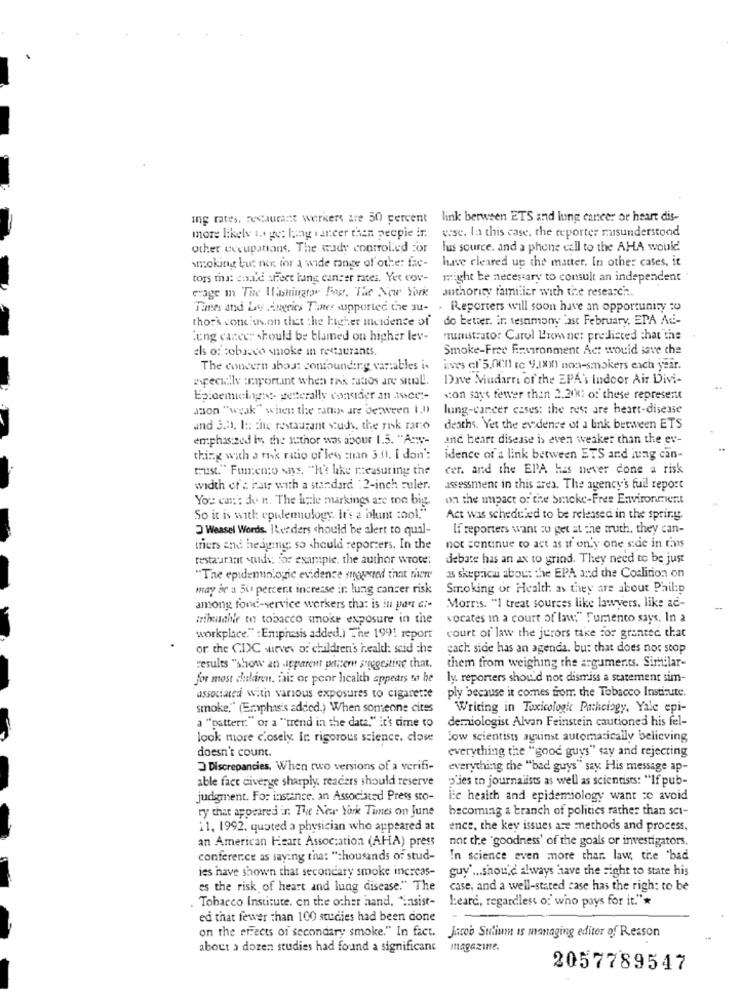
Ing rates, restaurant werkers are 50 percent
link between ETS and lung cancer or heart dis-
wase. la this case, the reporter misunderstood
more likely to get lung cancer then people ir
other occupations. The wady controlled For
huis source, and a phone call to the AHA would.
have cleared up the matter. In other cases, it
smoking but not for a wide range of otte: fac-
tors mat eux'de aFect lung cancer rates. Yer cov-
might be necessary to consult an independent
erage in The Washington Fog. The New York
authority familiar with the research.
Times and Lys Augries Thaner supported the au- . Reporters will soon have an opportunity to
thor's conclusion that the bucher incidence of
do better. in tesamony last February. EPA Ad-
lung cancer should be blamed on higher lev-
ministrator Carol Browne: predicted that the
els of cobraco smoke in restaurants.
Smoke-Free Environment Act would save the
The concern about confounding variables is
ives cl'5,0011 te 9,1810) non-smokers each year.
specially :raportint when rak maos are sitel.
Dave Mudarri of the EPA's Indoor Air Divi-
Epidemicings: penerally consider an isces-
scon says fewer than 2.200; of these represent
ason "weak" when the rany are between 1.11
lung-cancer esses: the rest are heart-disease
and 3.01. In the restaurant sud, the risk raro
deaths. Yet the evidence of a link between ETS
emphasized by the author was abour 1.5. "Any-
and heart disease is even weaker than the ev-
thing with a rik ratio of les chan 3.0. I don':
idence of a link between ETS and lung can-
trust." Fumento wns. "It's like measuring the
cer. and the EPA has never done a risk
width of's hair with a standard : 2-inch ruler.
assessment in this area. The agency's fuil report
You can: do n. The little markings are too big.
on the impact of the Smoke-Free Environment
So it is with epidemiology. it's a blunt tool."
Act was scheduled to be released in the spring.
Weasel Words. ILenders should be alert to qual-
If reporters want to get at the truth, they can-
iniers and heaging: so should reporters. In the
not continue to act as it only one side in this
restaurant quids, for example, the author wrote:
debate has an ax to grind. They need to be just
"The epidemiologic evidence messed that there
as skeprica about the EPA and the Coalition on
may ar a 50 percent increase in lung cancer risk
Smoking of Health: as they are about Philip
among fond-service workers that is in part Gi-
Morris. "I treat sources like lawyers, like ad-
miketahle to tobacco smoke exposure in the
vocates in a court of law;" Fummento says. In a
workplace." : Emphasis added.) The 1991 report
court of law the jurors take for granted that
or the CDC survey of children's heald: seid she
each side has an agenda. bu: that does not stop
results "show an apparent petitere seregestine that.
them from weighing the arguments. Similar-
for most children. faiz or poor health appears to be
ly reporters should not dismiss a statement sim-
associated with various exposures to cigarette
ply because it comes from the Tobacco Institute.
smoke," (Emphasis added.) When someone cites
Writing in Toxicologie Pathology, Yale epi-
demiologist Alvan Feinstein cautioned his fel-
"pattern:" or a "trend in the data," it's time to
look more closely. In rigorous science. close
low scientists against automatically believing
doesn't count.
everything the "good guys" say and rejecting
Discrepancies. When two versions of a verifi-
everything the "bad guys" say His message ap-
able fact diverge sharply, readers should reserve
"des to journalists as well as scientists: "If pub-
judgment. For instance. an Associated Press sto-
Fc health and epidemiology want to avoid
ty that appeared in The New York Times on June
becoming a branch of politics rather than sct-
11, 1992. quoted a physician who appeared at
ence, the key issues are methods and process,
an American Heart Association (AHA) press
not che "goodness' of the goals or investigators.
conference as saying that "thousands of stud-
In science even more thar. law, the 'bad
ies have shown that secondary smoke increas-
guy ... should always have the Fight to state his
es the risk of heart and lung disease." The
case, and a well-stated case has the righ: to be
Tobacco Institute. on the other hand. "insist-
Leard, regardless of who pays for it."*
ed that fewer than 100 studies had been done
on the effects of secondary smoke." In fact.
Jacob Sulium is managing editor of Reason
about a dozen studies had found a significant
magazine.
2057789547